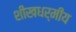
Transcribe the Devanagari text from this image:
शीखधर्मीय